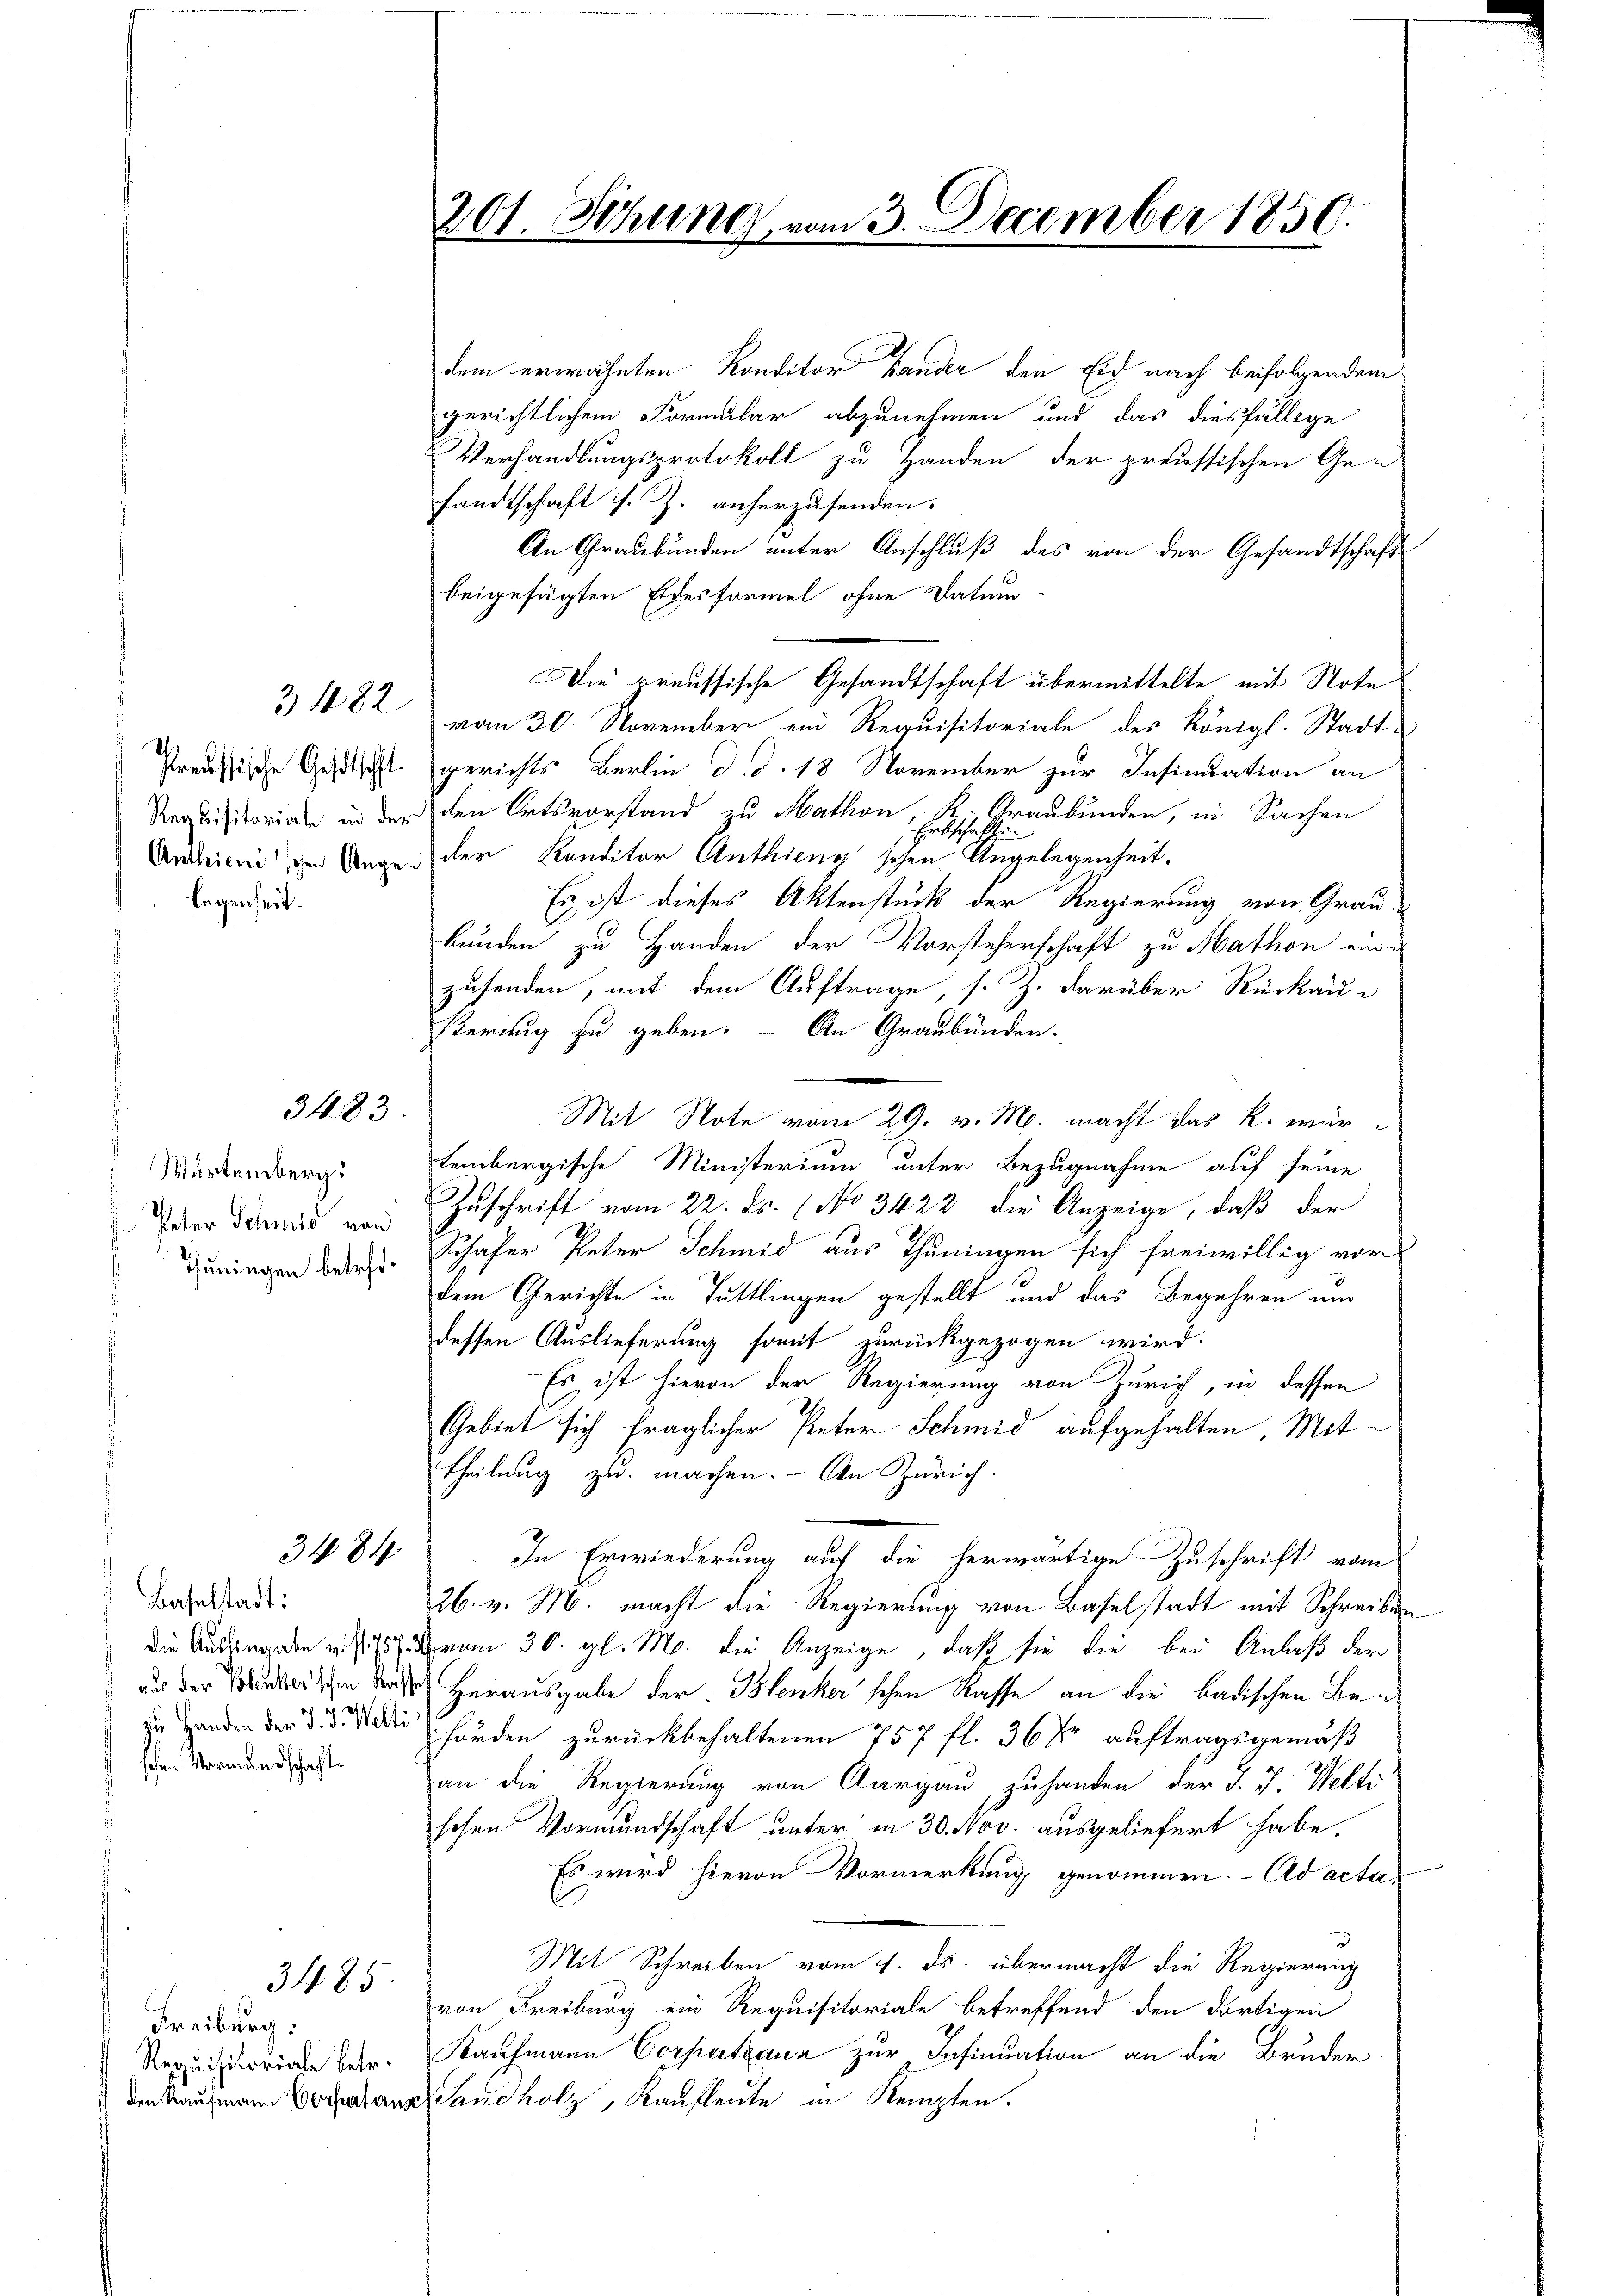
Preussische Gesetscht.
Requisitoriale in der
Anthienischen Ange
legenheit.

3 182

3483.

Würtemberg.
 Peter Schmid von
Thuningen betref¬

3484

Baselstadt:
sehen Vormundschaft

3485

Freiburg.
Requisitoriale betr.

dem erwähnten Konditor Hander den Eid nach beifolgendem
gerichtlichem Formular abzunehmen und das diesfällige
Verhandlungsprotokoll zu Handen der preussischen Ge-
sandtschaft s. Z. anherzusenden.
An Graubünden unter Anschluß des von der Gesandtschaft
beigefügten Eidesformel ohne Datum
Die preussische Gesandtschaft übermittelte mit Note
vom 30. November ein Requisitoriale des Königl. Stadt-
gerichts Berlin d. d. 18 November zur Insinuation an
den Ortsvorstand zu Mathon, K. Graubünden, in Sachen
r
der Kanditor Anthienischen Angelegenheit.
Es ist dieses Aktenstück der Regierung von Grau-
bunden zu Handen der Vorsteherschaft zu Mathon ein-
zusenden, mit dem Auftrage, s. Z. darüber Rückau¬
Keruug zu geben. – An Graubünden.
Mit Note vom 29. v. M. macht das k. würtembergische Ministerium unter Bezugnahme auf seine
Zuschrift vom 22. ds. (No 3422 die Anzeige, daß der
Schafer Peter Schmid aus Thuningen sich freiwillig vor
dem Gerichte in Tuttlingen gestellt und das Begehren und
dessen Auslieferung somit zurückgezogen wird.
Es ist hievon der Regierung von Zürich, in dessen
Gebiet sich fraglicher Peter Schmid aufgehalten. Mittheilung zu machen. - An Zürich.
In Erwiederung auf die herwärtige Zuschrift vom
26. v. M. macht die Regierung von Baselstadt mit Schreiben
die Ausgabe u. 7 vom 30. gl. M. die Anzeige, daß sie die bei Anlaß der
aus der Vorunterschen des Herausgabe der Blenker'schen Kasse an die badischen Bezu Handen der d. d. die Händen zurückbehaltenen 757 fl. 36 Xr auftragsgemäß
an die Regierung von Aargau zuhanden der J. J. Welti
schen Vormundschaft unter in 30. Nov. ausgeliefert habe.
Es wird hievon Vormerkung genommen. Ad acta.
3
Mit Schreiben vom 1. ds. übermacht die Regierung
von Freiburg ein Requisitoriale betreffend den dortigen
Kaufmann Corpatzana zur Insinuation an die Bruder
den Kaufmann Verstanz Sandholz, Kaufleute in Kempten.

201. Sitzung vom 3. December 1850.